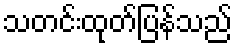
သတင်းထုတ်ပြန်သည်